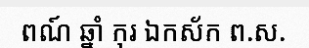
ពណ៍ ឆ្នាំ កុរ ឯកស័ក ព.ស.